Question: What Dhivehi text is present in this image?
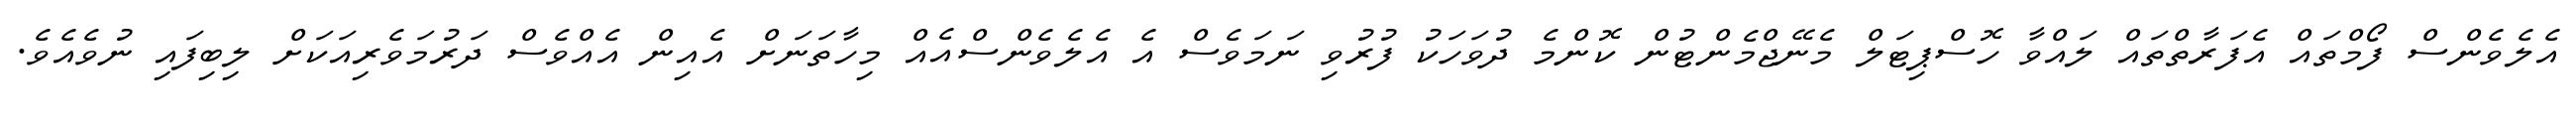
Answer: އެލެވެންސް ފޯމްތައް އެފަރާތްތައް ލައްވާ ހޮސްޕިޓަލް މެނޭޖްމެންޓުން ކޮންމެ ދުވަހަކު ފުރުވި ނަމަވެސް އެ އެލެވެންސްއެއް މިހާތަނަށް އެއިން އެއްވެސް ދަރުމަވެރިއަކަށް ލިބިފައި ނުވެއެވެ.